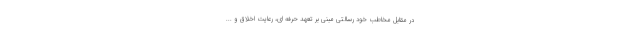
در مقابل مخاطب خود رسالتی مبنی بر تعهد حرفه ای، رعایت اخلاق و ...